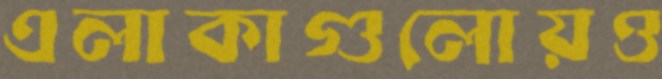
এলাকাগুলোয়ও